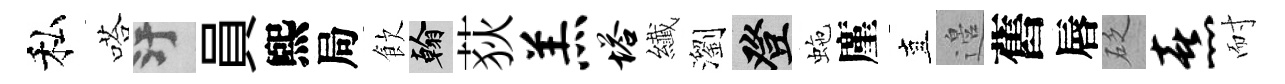
私嗒污員煕局飲翰荻羔塔纎瀏登虵廑直邉舊唇砭熹耐